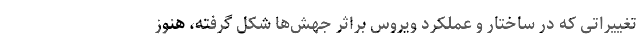
تغییراتی که در ساختار و عملکرد ویروس براثر جهش‌ها شکل گرفته، هنوز